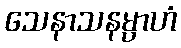
သေနာသနမ္ပာဟံ